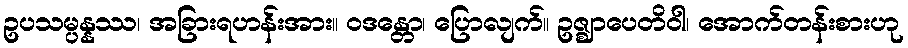
ဥပသမ္ပန္နဿ၊ အခြားရဟန်းအား။ ဝဒန္တော၊ ပြောလျက်။ ဥဇ္ဈာပေတိဝါ၊ အောက်တန်းစားဟု